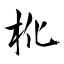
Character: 杹